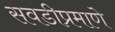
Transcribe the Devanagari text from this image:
सवडीप्रमाणे